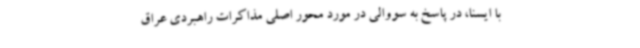
با ایسنا، در پاسخ به سووالی در مورد محور اصلی مذاکرات راهبردی عراق